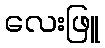
လေးဖြူ